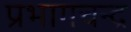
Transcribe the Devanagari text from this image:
प्रभागचन्द्र